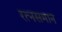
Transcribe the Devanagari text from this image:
रत्‍नसमान